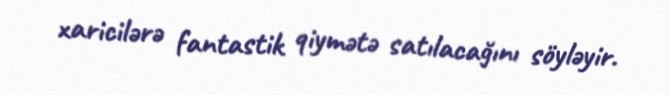
xaricilərə fantastik qiymətə satılacağını söyləyir.